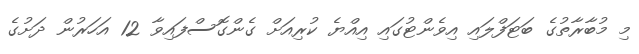
މި މުބާރާތުގެ ބަޓަފްލައި އިވެންޓުގައި އިއްޔެ ކުރިއަށް ގެންގޮސްފައިވާ 12 އަހަރުން ދަށުގެ